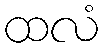
ထလံ